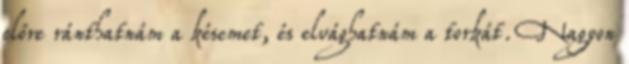
előre ránthatnám a késemet, és elvághatnám a torkát. Nagyon